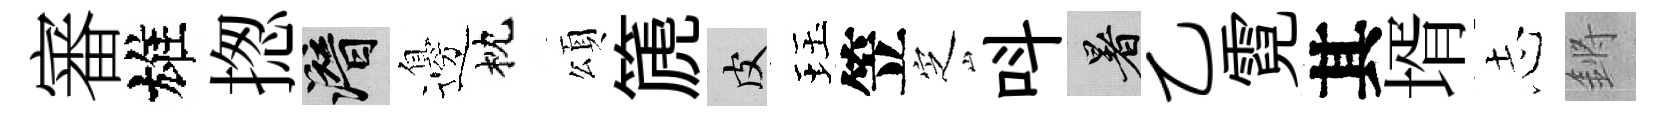
審雄揔潜邊枕頌篪皮珏笠㝎呌暑乙霓其壻𢖽鏘